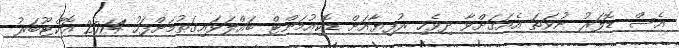
އެސް ޑޮލަރު ނުވަތަ އެއަގަށްވާ ދިވެހި ރުފިޔާއަށް ޑޮކިއުމަންޓް ބައްލަވައިގަތުމަށްފަހު 2014 އޮކްޓޫބަރު